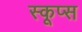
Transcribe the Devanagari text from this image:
स्कूप्स